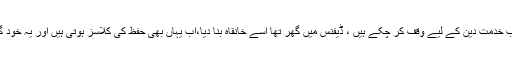
یہ اپنی زندگی، اپنا وقت،اپنی صلاحیتیں اور اپنا گھر بار سب خدمت دین کے لیے وقف کر چکے ہیں ، ڈیفنس میں گھر تھا اسے خانقاہ بنا دیا،اب یہاں بھی حفظ کی کلاسز ہوتی ہیں اور یہ خود گھر کے صرف ایک کمرے تک محدود ہو کر رہ گئے ہیں ۔